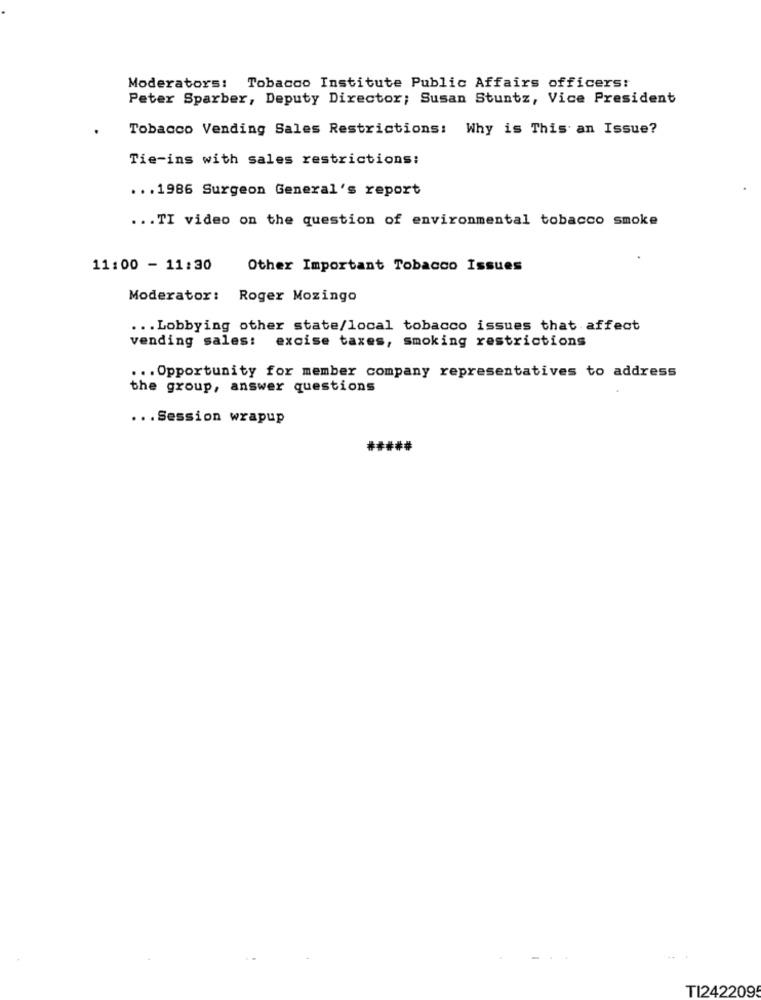
Moderators: Tobacco Institute Public Affairs officers:
Peter Sparber, Deputy Director; Susan Stuntz, Vice President
Tobacco Vending Sales Restrictions: Why is This an Issue?
Tie-ins with sales restrictions:
... 1986 Surgeon General's report
... TI video on the question of environmental tobacco smoke
11:00 - 11:30
Other Important Tobacco Issues
Moderator: Roger Mozingo
... Lobbying other state/local tobacco issues that affect
vending sales: excise taxes, smoking restrictions
... Opportunity for member company representatives to address
the group, answer questions
... Session wrapup
TI242209